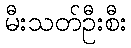
မီးသတ်ဦးစီး